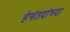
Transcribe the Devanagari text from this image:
हेमंतदांच्या